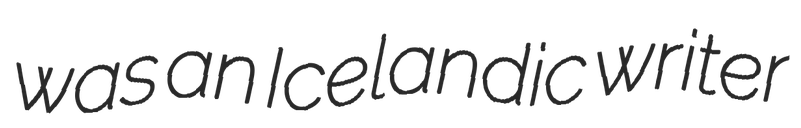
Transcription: was an Icelandic writer